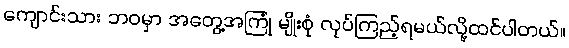
ကျောင်းသား ဘဝမှာ အတွေ့အကြုံ မျိုးစုံ လုပ်ကြည့်ရမယ်လို့ထင်ပါတယ်။